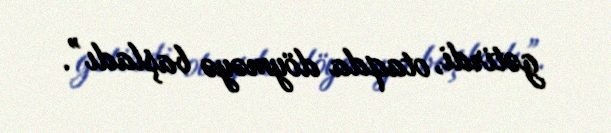
gətirdi, otaqda döyməyə başladı”.